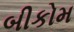
બીકોમ